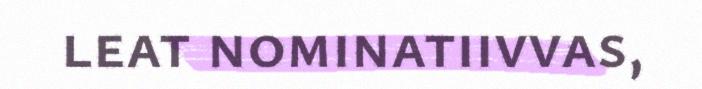
leat nominatiivvas,